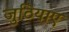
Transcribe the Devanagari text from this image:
जुठियाए